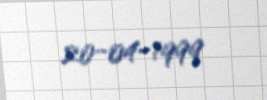
20-04-1999